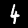
Digit: 4